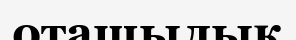
оташылық